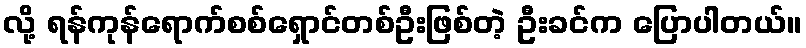
လို့ ရန်ကုန်ရောက်စစ်ရှောင်တစ်ဦးဖြစ်တဲ့ ဦးခင်က ပြောပါတယ်။